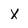
Character: X